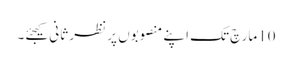
10مارچ تک اپنے منصوبوں پر نظر ثانی کیجئے۔